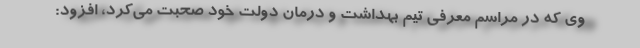
وی که در مراسم معرفی تیم بهداشت و درمان دولت خود صحبت می‌کرد، افزود: